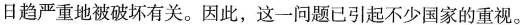
日趋严重地被破坏有关。因此，这一问题已引起不少国家的重视。